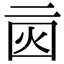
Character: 𠄰